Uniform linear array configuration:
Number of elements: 48
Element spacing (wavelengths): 1
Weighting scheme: uniform
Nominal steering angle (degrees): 30
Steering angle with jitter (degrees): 28.19
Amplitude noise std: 0.05
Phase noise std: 0.05

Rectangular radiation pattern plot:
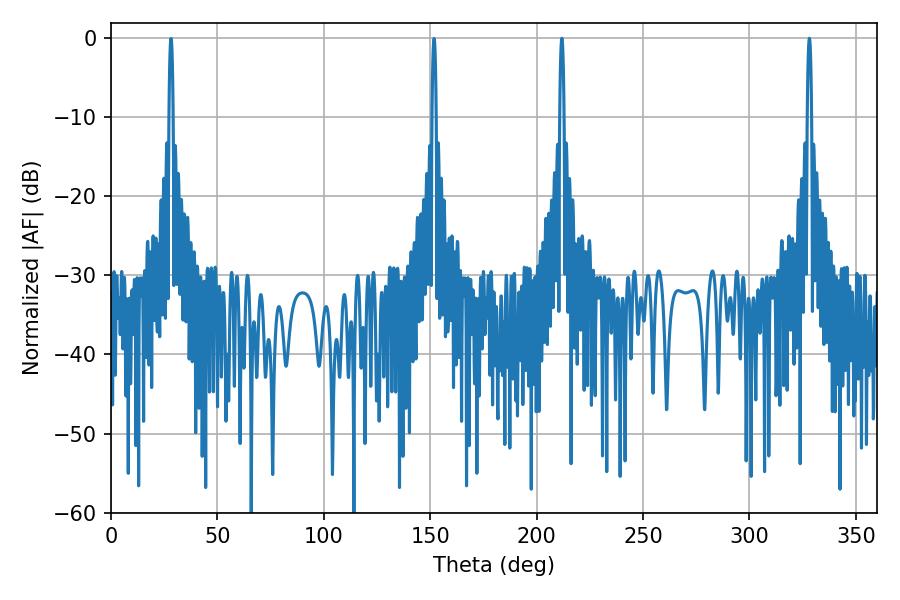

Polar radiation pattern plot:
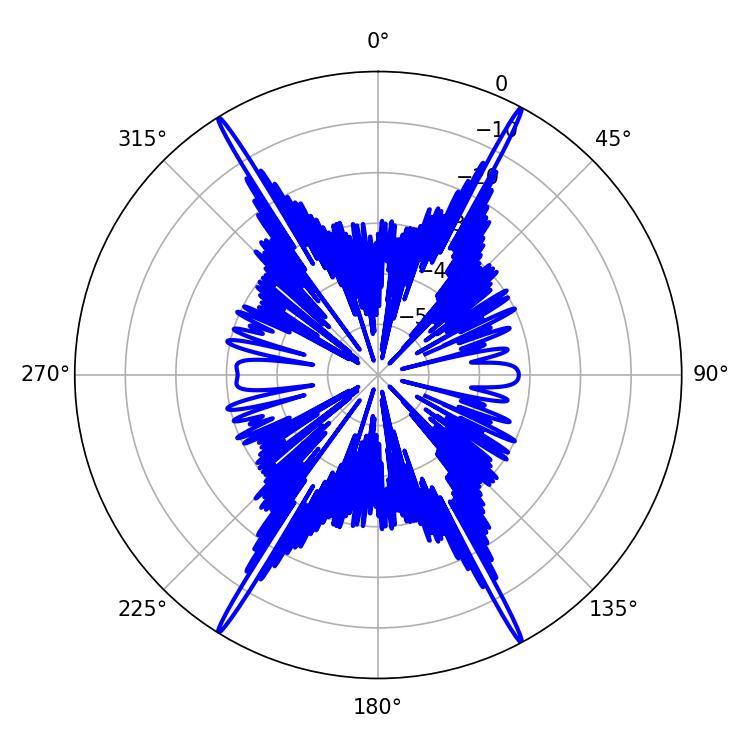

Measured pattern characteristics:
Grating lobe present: TRUE
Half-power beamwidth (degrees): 1.08
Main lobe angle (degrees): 211.86